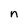
Character: n